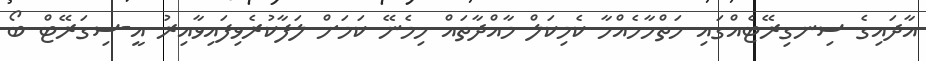
އާދައިގެ ސިނގިރޭޓެއްގައި ހަތްހާހެއްހާ ކެމިކަލް މާއްދާތައް ހިމެނޭ ކަމަށް ލަފާކުރެވިފައިވާއިރު އީ-ސިގަރޭޓް ބޯ